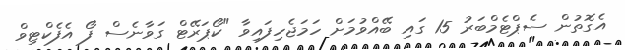
އެގޮތުން ސެޕްޓެމްބަރު 15 ގައި ބޭއްވުމަށް ހަމަޖެހިފައިވާ "ކޯޕަރޭޓް ގަވާނެސް ފޯ އެފެކްޓިވް